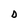
Character: D